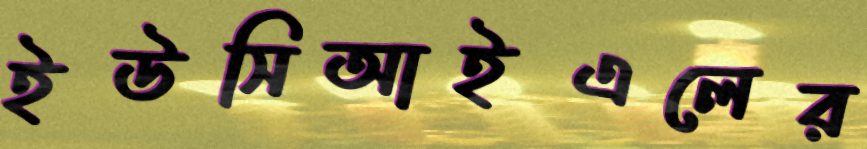
ইউসিআইএলের